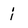
Character: j